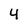
Character: 4